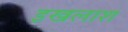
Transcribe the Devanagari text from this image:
इखलाश